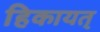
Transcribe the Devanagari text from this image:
हिकायत्‌